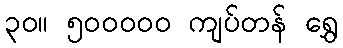
၃၀။ ၅၀၀၀၀၀ ကျပ်တန် ရွှေ